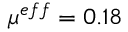
\mu ^ { e f f } = 0 . 1 8